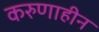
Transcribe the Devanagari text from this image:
करुणाहीन